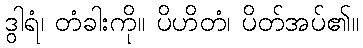
ဒွါရံ၊ တံခါးကို။ ပိဟိတံ၊ ပိတ်အပ်၏။